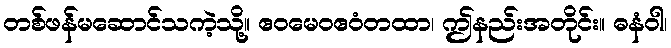
တစ်ဖန်မဆောင်သကဲ့သို့။ ဧဝမေဝဧဝံတထာ၊ ဤနည်းအတိုင်း။ ဓနံဝါ၊